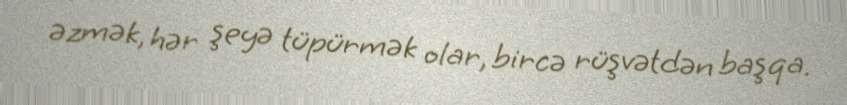
əzmək, hər şeyə tüpürmək olar, bircə rüşvətdən başqa.